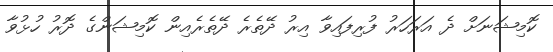
ކޮމިޝަނަށް ދެ އަރަހަރު ފުރިފައިވާ އިރު ދޭތެރެ ދޭތެރެއިން ކޮމިޝަންގެ ދޮރު ހުޅުވާ